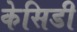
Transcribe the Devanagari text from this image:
केसिडी